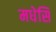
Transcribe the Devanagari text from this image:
मधेसि